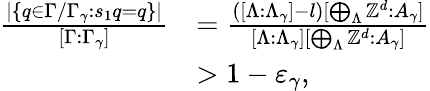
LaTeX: \begin{array}{rl}{\frac{\lvert\{ q\in\Gamma/\Gamma_{\gamma}\colon s_{1}q=q\} \rvert}{[\Gamma:\Gamma_{\gamma}]}}&{=\frac{([\Lambda:\Lambda_{\gamma}]-l)[\bigoplus_{\Lambda}\mathbb Z^{d}:A_{\gamma}]}{[\Lambda:\Lambda_{\gamma}][\bigoplus_{\Lambda}\mathbb Z^{d}:A_{\gamma}]}}\\ &{>1-\varepsilon_{\gamma},}\end{array}